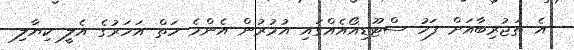
އެ ތަޖުރިބާއަށް ފަހު ސްޓޫޑިއޯއެއްގައި އުމުރުން އެންމެ ހަތް އަހަރުގެ އެލީ ކިޔާލި